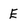
Character: E